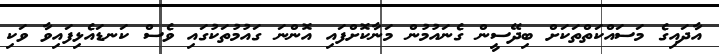
އާދައިގެ މަސައްކަތްތަކަށް ބިދޭސީން ގެނައުމުން މަނާކޮށްފައި އޮންނަ ގައުމުތަކުގައި ވެސް ކަނޑައެޅިފައިވާ ވަކި